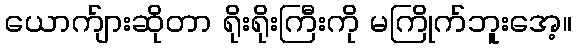
ယောက်ျားဆိုတာ ရိုးရိုးကြီးကို မကြိုက်ဘူးအေ့။